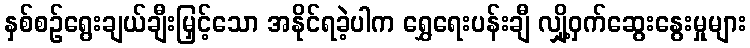
နှစ်စဉ်ရွေးချယ်ချီးမြှင့်သော အနိုင်ရခဲ့ပါက ရွှေရေးပန်းချီ လျှို့ဝှက်ဆွေးနွေးမှုများ